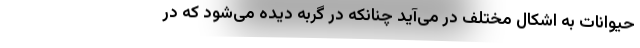
حیوانات به اشکال مختلف در می‌آید چنانکه در گربه دیده می‌شود که در